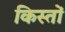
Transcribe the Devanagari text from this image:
किस्‍तों